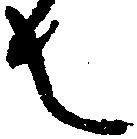
者